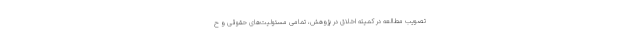
تصویب مطالعه در کمیته اخلاق در پژوهش، تمامی مسئولیت‌های حقوقی و ح